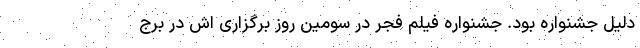
دلیل جشنواره بود. جشنواره فیلم فجر در سومین روز برگزاری اش در برج